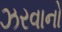
ઝરવાનો